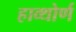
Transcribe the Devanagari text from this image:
हाव्थोर्ण